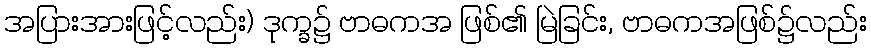
အပြားအားဖြင့်လည်း) ဒုက္ခ၌ ဗာဓကအ ဖြစ်၏ မြဲခြင်း, ဗာဓကအဖြစ်၌လည်း